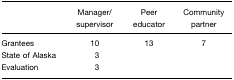
<table><thead><tr><td>[EMPTY_CELL]</td><td><b>Manager/supervisor</b></td><td><b>Peer educator</b></td><td><b>Community partner</b></td></tr></thead><tbody><tr><td>Grantees</td><td>10</td><td>13</td><td>7</td></tr><tr><td>State of Alaska</td><td>3</td><td>[EMPTY_CELL]</td><td>[EMPTY_CELL]</td></tr><tr><td>Evaluation</td><td>3</td><td>[EMPTY_CELL]</td><td>[EMPTY_CELL]</td></tr></tbody></table>